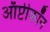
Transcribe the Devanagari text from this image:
ऑप्टीकॉन